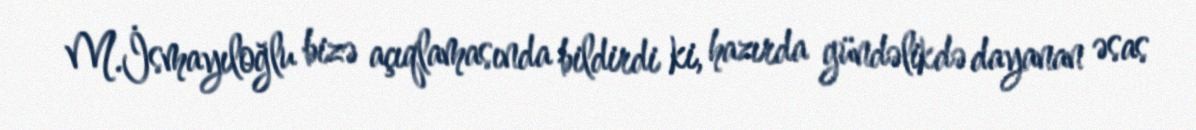
M.İsmayıloğlu bizə açıqlamasında bildirdi ki, hazırda gündəlikdə dayanan əsas